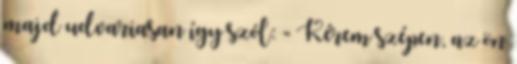
majd udvariasan így szól: - Kérem szépen, az ön